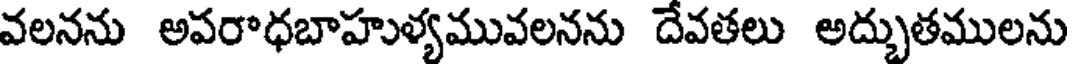
వలనను అపరాధబాహుళ్యమువలనను దేవతలు అద్భుతములను